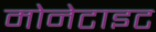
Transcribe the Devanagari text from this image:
मोनेटाइट